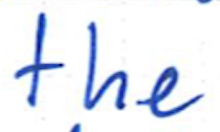
Text: the
Cross-out: clean
Writing tool: ballpoint